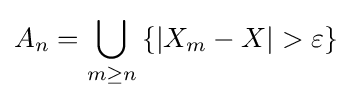
A_{n}=\bigcup _{m\geq n}\left\{\left|X_{m}-X\right|>\varepsilon \right\}